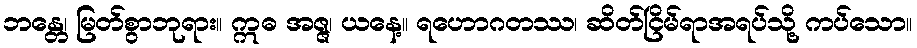
ဘန္တေ၊ မြတ်စွာဘုရား။ ဣဓ အဇ္ဇ၊ ယနေ့။ ရဟောဂတဿ၊ ဆိတ်ငြိမ်ရာအရပ်သို့ ကပ်သော။